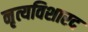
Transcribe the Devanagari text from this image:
नृत्यविशारद